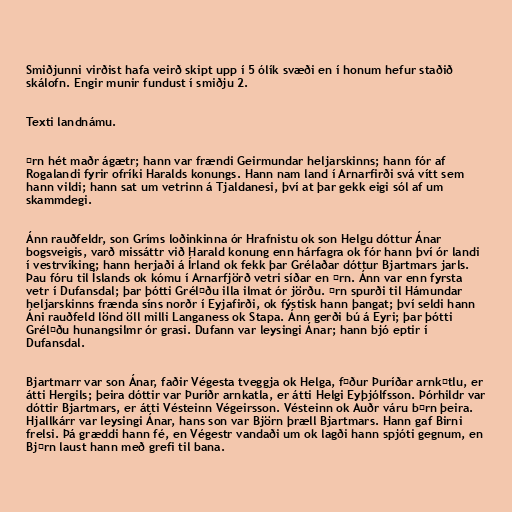
Smiðjunni virðist hafa veirð skipt upp í 5 ólík svæði en í honum hefur staðið
skálofn. Engir munir fundust í smiðju 2.

Texti landnámu.

Ǫrn hét maðr ágætr; hann var frændi Geirmundar heljarskinns; hann fór af
Rogalandi fyrir ofríki Haralds konungs. Hann nam land í Arnarfirði svá vítt sem
hann vildi; hann sat um vetrinn á Tjaldanesi, því at þar gekk eigi sól af um
skammdegi.

Ánn rauðfeldr, son Gríms loðinkinna ór Hrafnistu ok son Helgu dóttur Ánar
bogsveigis, varð missáttr við Harald konung enn hárfagra ok fór hann því ór landi
í vestrvíking; hann herjaði á Írland ok fekk þar Grélaðar dóttur Bjartmars jarls.
Þau fóru til Íslands ok kómu í Arnarfjörð vetri síðar en Ǫrn. Ánn var enn fyrsta
vetr í Dufansdal; þar þótti Grélǫðu illa ilmat ór jörðu. ǫrn spurði til Hámundar
heljarskinns frænda síns norðr í Eyjafirði, ok fýstisk hann þangat; því seldi hann
Áni rauðfeld lönd öll milli Langaness ok Stapa. Ánn gerði bú á Eyri; þar þótti
Grélǫðu hunangsilmr ór grasi. Dufann var leysingi Ánar; hann bjó eptir í
Dufansdal.

Bjartmarr var son Ánar, faðir Végesta tveggja ok Helga, fǫður Þuríðar arnkǫtlu, er
átti Hergils; þeira dóttir var Þuríðr arnkatla, er átti Helgi Eyþjólfsson. Þórhildr var
dóttir Bjartmars, er átti Vésteinn Végeirsson. Vésteinn ok Auðr váru bǫrn þeira.
Hjallkárr var leysingi Ánar, hans son var Björn þræll Bjartmars. Hann gaf Birni
frelsi. Þá græddi hann fé, en Végestr vandaði um ok lagði hann spjóti gegnum, en
Bjǫrn laust hann með grefi til bana.